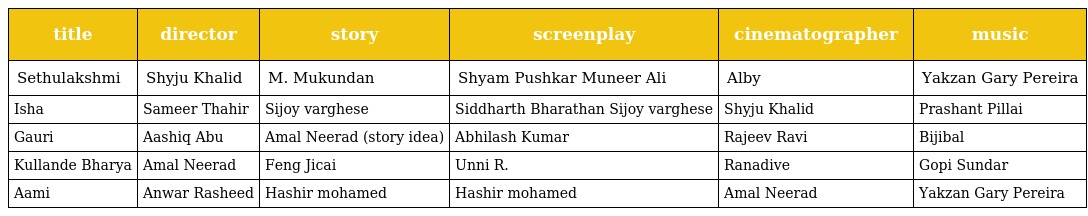
| title | director | story | screenplay | cinematographer | music |
 | --- | --- | --- | --- | --- | --- |
 | Sethulakshmi | Shyju Khalid | M. Mukundan | Shyam Pushkar Muneer Ali | Alby | Yakzan Gary Pereira |
 | Isha | Sameer Thahir | Sijoy varghese | Siddharth Bharathan Sijoy varghese | Shyju Khalid | Prashant Pillai |
 | Gauri | Aashiq Abu | Amal Neerad (story idea) | Abhilash Kumar | Rajeev Ravi | Bijibal |
 | Kullande Bharya | Amal Neerad | Feng Jicai | Unni R. | Ranadive | Gopi Sundar |
 | Aami | Anwar Rasheed | Hashir mohamed | Hashir mohamed | Amal Neerad | Yakzan Gary Pereira |